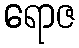
ရောဇ